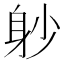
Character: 𨈘